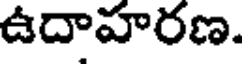
ఉదాహరణ.